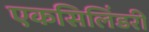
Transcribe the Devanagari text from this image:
एकसिलिंडरी